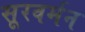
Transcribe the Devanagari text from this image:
सूरवर्मन